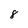
Character: 8